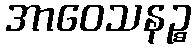
အာဝေသနဉ္စ